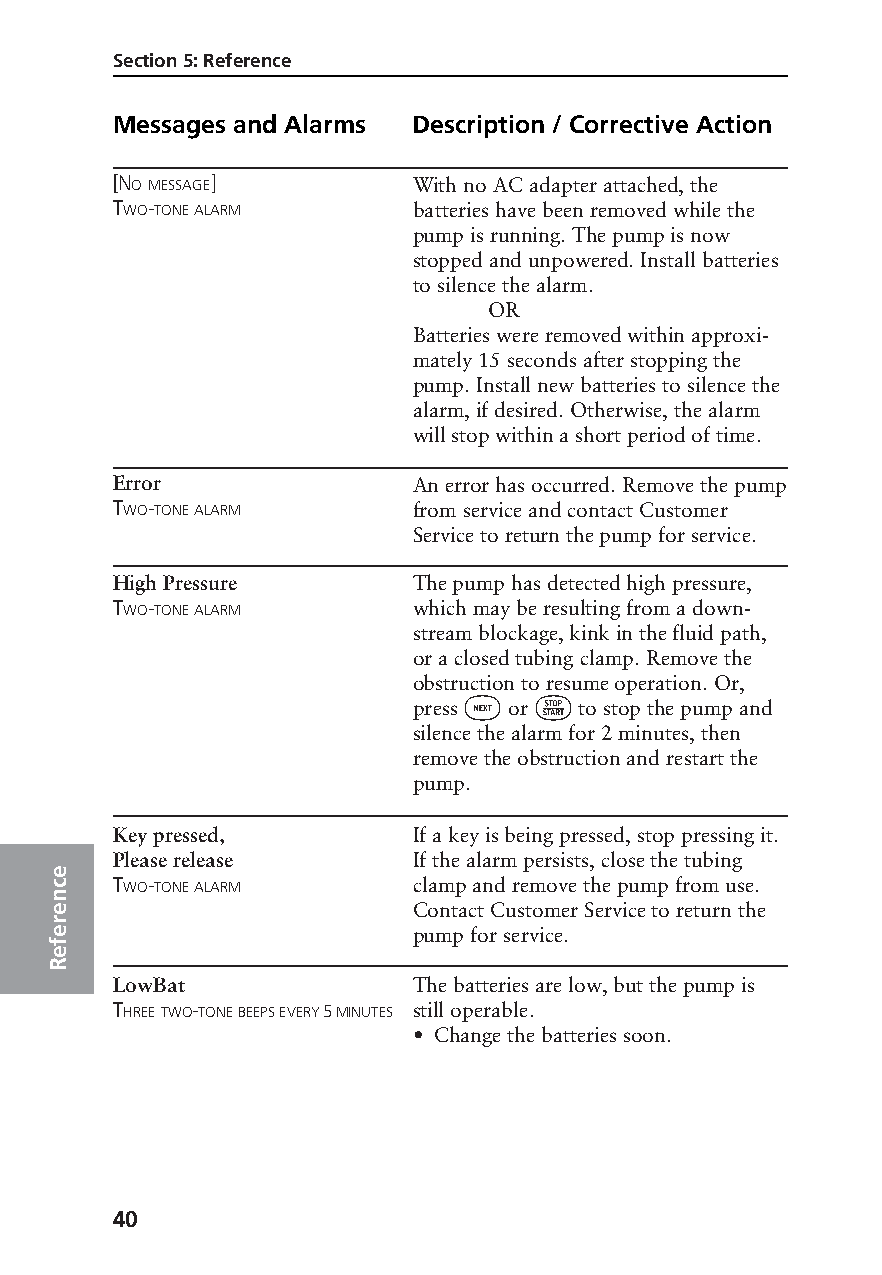
Section 5: Reference
 Messages and Alarms Description / Corrective Action
 [NO MESSAGE]        With no AC adapter attached, the
 TWO-TONE ALARM      batteries have been removed while the
 pump is running. The pump is now
 stopped and unpowered. Install batteries
 to silence the alarm.
 OR
 Batteries were removed within approxi-
 mately 15 seconds after stopping the
 pump. Install new batteries to silence the
 alarm, if desired. Otherwise, the alarm
 will stop within a short period of time.
 Error               An error has occurred. Remove the pump
 TWO-TONE ALARM      from service and contact Customer
 Service to return the pump for service.
 High Pressure       The pump has detected high pressure,
 TWO-TONE ALARM      which may be resulting from a down-
 stream blockage, kink in the fluid path,
 or a closed tubing clamp. Remove the
 obstruction to resume operation. Or,
 „   ⁄
 press  or  to stop the pump and
 silence the alarm for 2 minutes, then
 remove the obstruction and restart the
 pump.
 Key pressed,        If a key is being pressed, stop pressing it.
 Please release      If the alarm persists, close the tubing
 e
 c   TWO-TONE ALARM      clamp and remove the pump from use.
 n
 e                       Contact Customer Service to return the
 r
 e                       pump for service.
 f
 e
 R
 LowBat              The batteries are low, but the pump is
 THREE TWO-TONE BEEPS EVERY 5 MINUTES still operable.
 • Change the batteries soon.
 40
 PROOF (LR #3086), 2000-03-16 «3935-51D Manual, Legacy 1»